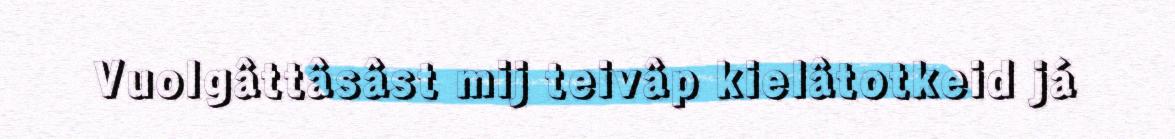
Vuolgâttâsâst mij teivâp kielâtotkeid já